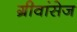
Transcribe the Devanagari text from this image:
ग्रीवांसेज